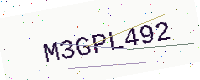
Text: M3GPL492